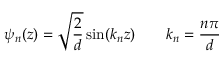
\psi _ { n } ( z ) = { \sqrt { \frac { 2 } { d } } } \sin ( k _ { n } z ) \qquad k _ { n } = { \frac { n \pi } { d } }